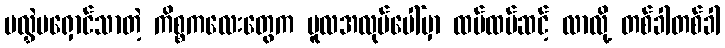
မလွှဲမရှောင်သာတဲ့ ကိစ္စကလေးတွေက မူလအလုပ်ပေါ်မှာ ထပ်ထပ်ဆင့် လာလို့ တစ်ခါတစ်ခါ